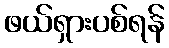
ဖယ်ရှားပစ်ရန်